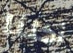
أكلنا